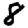
Digit: 8